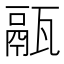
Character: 䰛